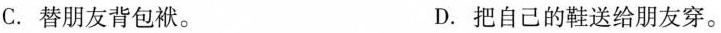
C. 替朋友背包袱。 D. 把自己的鞋送给朋友穿。